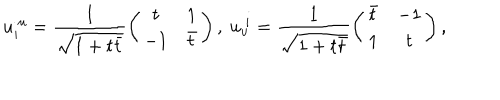
u _ { i } ^ { \ u } = \frac { 1 } { \sqrt { 1 + t \bar { t } } } \left( \begin{array} { c c } { { t } } & { { 1 } } \\ { { - 1 } } & { { \bar { t } } } \\ \end{array} \right) , \ u _ { u } ^ { \ i } = \frac { 1 } { \sqrt { 1 + t \bar { t } } } \left( \begin{array} { c c } { { \bar { t } } } & { { - 1 } } \\ { { 1 } } & { { t } } \\ \end{array} \right) ,